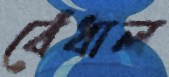
বেঁধাল